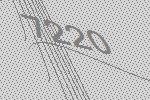
7220